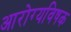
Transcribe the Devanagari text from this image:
आरोग्यविषक